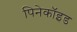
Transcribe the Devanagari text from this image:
पिनेकॉइड